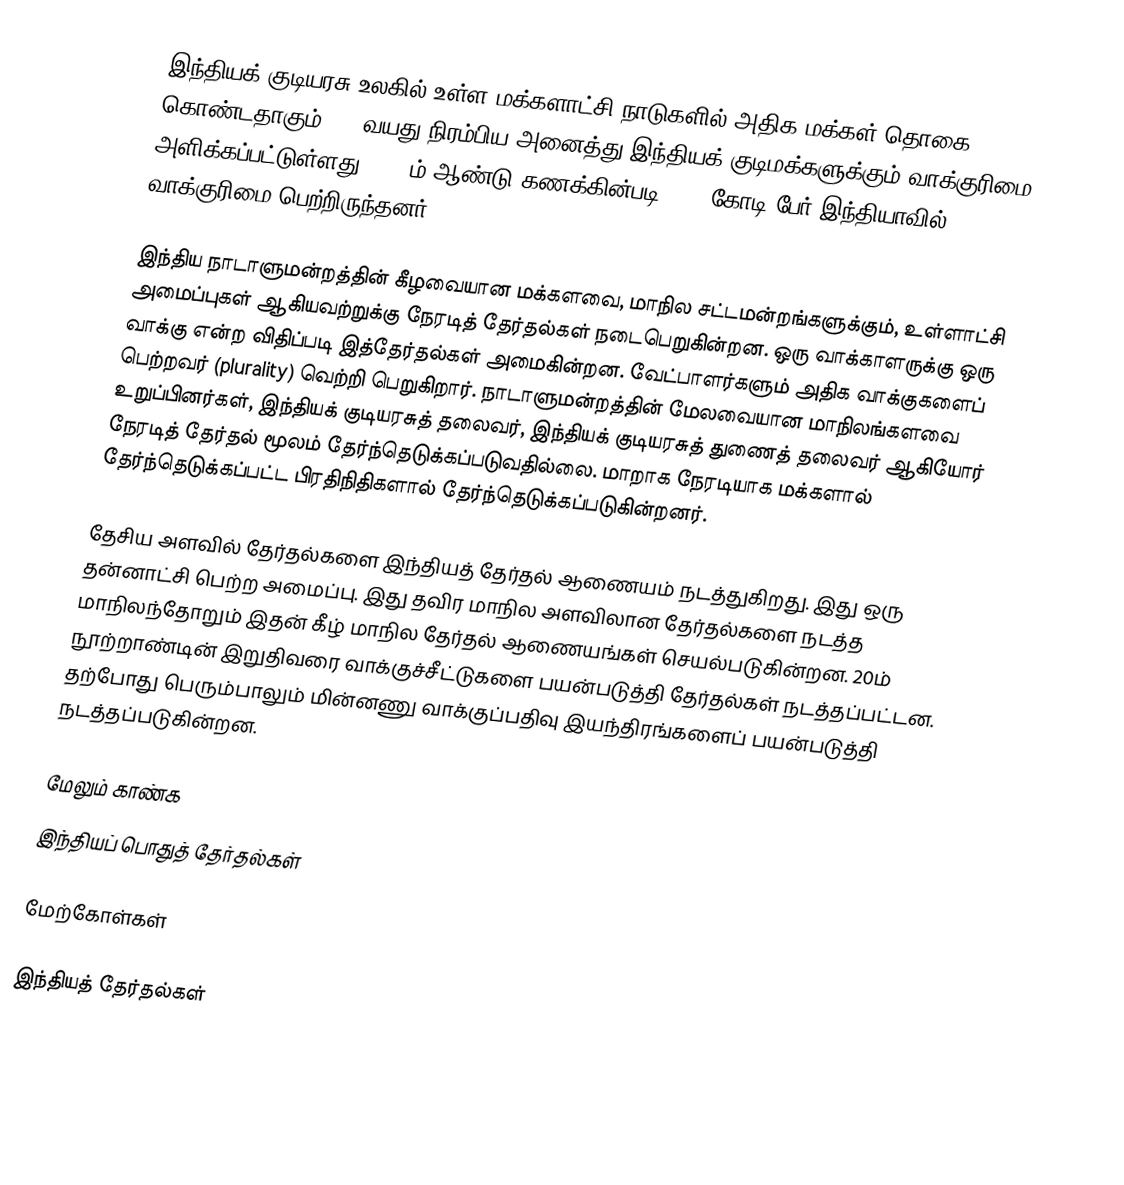
இந்தியக் குடியரசு உலகில் உள்ள மக்களாட்சி நாடுகளில் அதிக மக்கள் தொகை கொண்டதாகும். 18 வயது நிரம்பிய அனைத்து இந்தியக் குடிமக்களுக்கும் வாக்குரிமை அளிக்கப்பட்டுள்ளது. 2009ம் ஆண்டு கணக்கின்படி 71.4 கோடி பேர் இந்தியாவில் வாக்குரிமை பெற்றிருந்தனர்.

இந்திய நாடாளுமன்றத்தின் கீழவையான மக்களவை, மாநில சட்டமன்றங்களுக்கும், உள்ளாட்சி அமைப்புகள் ஆகியவற்றுக்கு நேரடித் தேர்தல்கள் நடைபெறுகின்றன. ஒரு வாக்காளருக்கு ஒரு வாக்கு என்ற விதிப்படி இத்தேர்தல்கள் அமைகின்றன. வேட்பாளர்களும் அதிக வாக்குகளைப் பெற்றவர் (plurality) வெற்றி பெறுகிறார். நாடாளுமன்றத்தின் மேலவையான மாநிலங்களவை உறுப்பினர்கள், இந்தியக் குடியரசுத் தலைவர், இந்தியக் குடியரசுத் துணைத் தலைவர் ஆகியோர் நேரடித் தேர்தல் மூலம் தேர்ந்தெடுக்கப்படுவதில்லை. மாறாக நேரடியாக மக்களால் தேர்ந்தெடுக்கப்பட்ட பிரதிநிதிகளால் தேர்ந்தெடுக்கப்படுகின்றனர்.

தேசிய அளவில் தேர்தல்களை இந்தியத் தேர்தல் ஆணையம் நடத்துகிறது. இது ஒரு தன்னாட்சி பெற்ற அமைப்பு. இது தவிர மாநில அளவிலான தேர்தல்களை நடத்த மாநிலந்தோறும் இதன் கீழ் மாநில தேர்தல் ஆணையங்கள் செயல்படுகின்றன. 20ம் நூற்றாண்டின் இறுதிவரை வாக்குச்சீட்டுகளை பயன்படுத்தி தேர்தல்கள் நடத்தப்பட்டன. தற்போது பெரும்பாலும் மின்னணு வாக்குப்பதிவு இயந்திரங்களைப் பயன்படுத்தி நடத்தப்படுகின்றன.

மேலும் காண்க
இந்தியப் பொதுத் தேர்தல்கள்

மேற்கோள்கள்

இந்தியத் தேர்தல்கள்